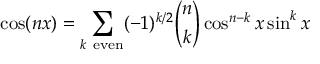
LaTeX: \cos ( n x ) = \sum _ { k { \mathrm { ~ e v e n } } } ( - 1 ) ^ { k / 2 } { \binom { n } { k } } \cos ^ { n - k } x \sin ^ { k } x